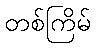
တစ်ကြိမ်